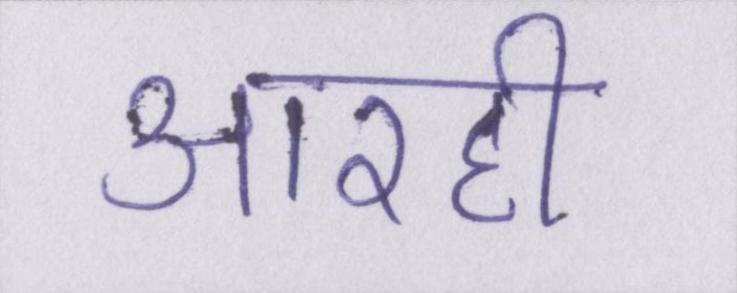
आरही